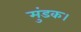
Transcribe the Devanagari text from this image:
मुंडक।